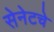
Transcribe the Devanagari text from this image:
सेनेटचे